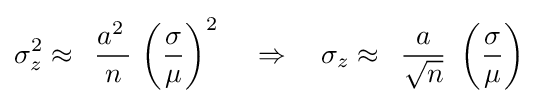
\sigma _{z}^{2}\approx \,\,\,{\frac {a^{2}\,}{n}}\,\left({\frac {\sigma }{\mu }}\right)^{2}\,\,\,\,\,\,\,\Rightarrow \,\,\,\,\,\,\sigma _{z}\approx \,\,\,{\frac {a}{\sqrt {n}}}\,\,\left({\frac {\sigma }{\mu }}\right)